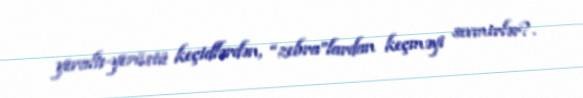
yeraltı-yerüstü keçidlərdən, “zebra”lardan keçməyi sevmirlər?.